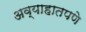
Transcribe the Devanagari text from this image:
अव्याहातपणे